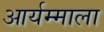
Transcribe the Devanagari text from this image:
आर्यम्माला